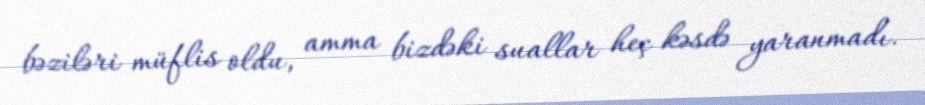
bəziləri müflis oldu, amma bizdəki suallar heç kəsdə yaranmadı.